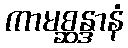
ကာမစ္ဆန္ဒာနံ